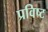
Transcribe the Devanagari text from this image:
प्रविष्‍ट